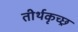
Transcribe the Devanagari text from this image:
तीर्थकृच्छ्र